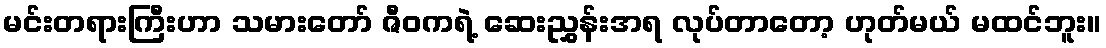
မင်းတရားကြီးဟာ သမားတော် ဇီဝကရဲ့ ဆေးညွှန်းအရ လုပ်တာတော့ ဟုတ်မယ် မထင်ဘူး။